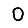
Digit: 0